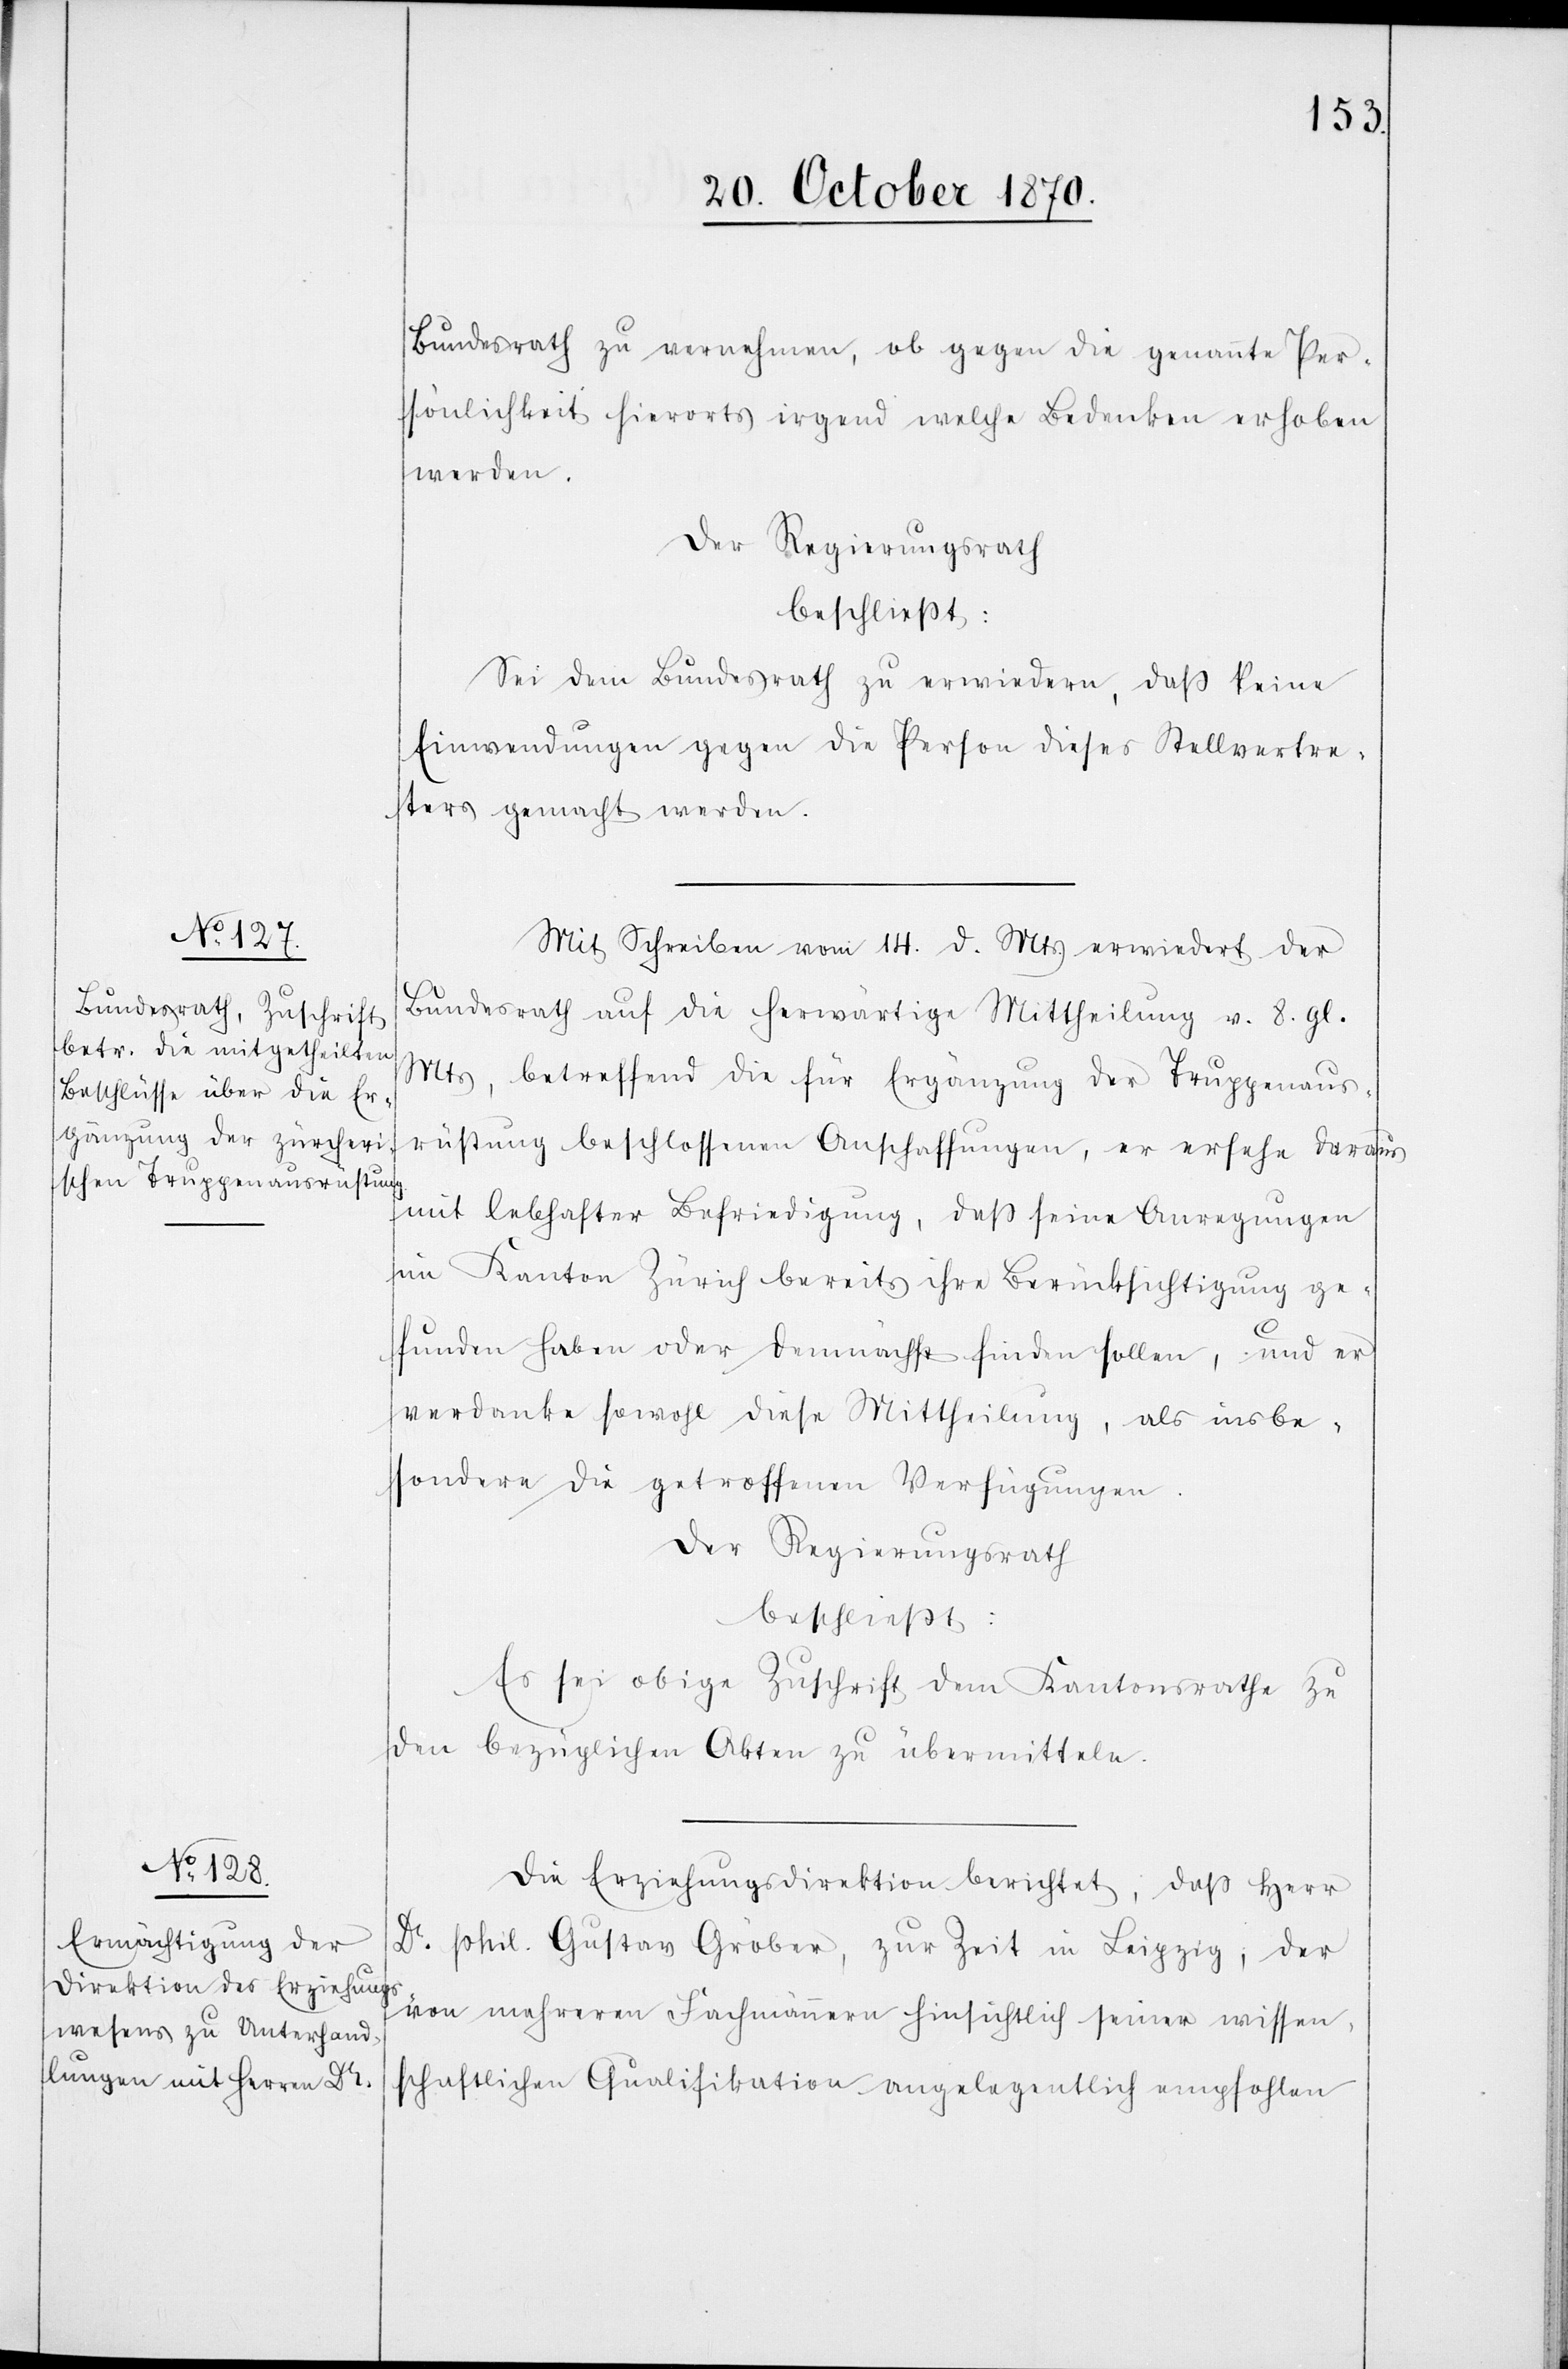
Bundesrath zu vernehmen, ob gegen die genannte Per¬
sönlichkeit hierorts irgend welche Bedenken erhoben
werden.
Der Regierungsrath
beschließt:
Sei dem Bundesrath zu erwiedern, daß keine
Einwendungen gegen die Person dieses Stellvertre¬
ters gemacht werden.
Mit Schreiben vom 14. d. Mts erwiedert der
Bundesrath auf die herwärtige Mittheilung v. 8. gl.
Mts, betreffend die für Ergänzung der Truppenaus¬
rüstung beschlossenen Anschaffungen, er ersehe daraus
mit lebhafter Befriedigung, daß seine Anregungen
im Kanton Zürich bereits ihre Berücksichtigung ge¬
funden haben oder demnächst finden sollen, und er
verdanke sowohl diese Mittheilung, als insbe¬
sondere die getroffenen Verfügungen.
Der Regierungsrath
beschließt:
Es sei obige Zuschrift dem Kantonsrathe zu
den bezüglichen Akten zu übermitteln.
Die Erziehungsdirektion berichtet, daß Herr
Dr. phil. Gustav Gröber, zur Zeit in Leipzig, der
von mehreren Fachmännern hinsichtlich seiner wissen¬
schaftlichen Qualifikation angelegentlich empfohlen